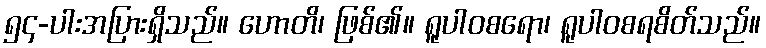
၅၄-ပါးအပြားရှိသည်။ ဟောတိ၊ ဖြစ်၏။ ရူပါဝစရော၊ ရူပါဝစရစိတ်သည်။